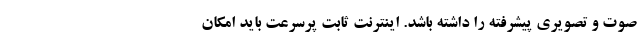
صوت و تصویری پیشرفته را داشته باشد. اینترنت ثابت پرسرعت باید امکان